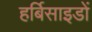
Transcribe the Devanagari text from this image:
हर्बिसाइडों